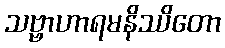
သဗ္ဗာဟာရမနိဿိတော